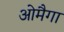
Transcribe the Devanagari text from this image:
ओमैगा